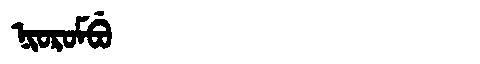
Manchu: ᠨᡳᠣᡵᠣᠮᠪᡠ
Romanization: NIOROMBU